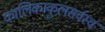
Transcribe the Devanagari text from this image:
कालिकाकुलसर्वस्व